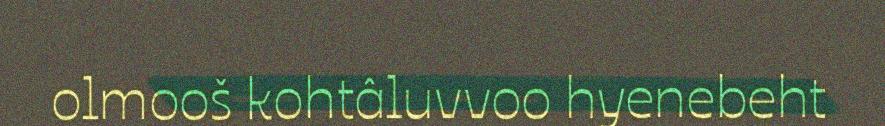
olmooš kohtâluvvoo hyenebeht